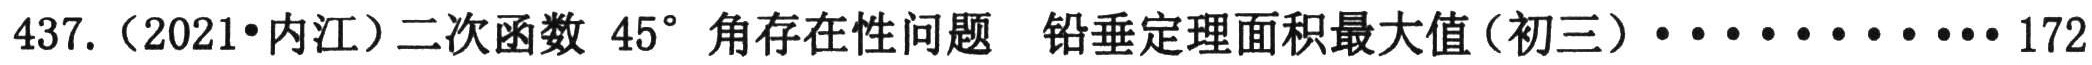
437.（2021•内江）二次函数 \(45^{\circ}\) 角存在性问题 铅垂定理面积最大值（初三）·············172